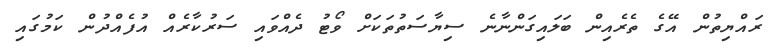
ރައްޔިތުން އޭގެ ތެރެއިން ބަލައިގަންނާނެ ސިޔާސަތުތަކަށް ވޯޓު ދެއްވައި ސަރުކާރެއް އުފެއްދުން ކަމުގައި